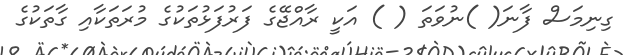
ގިނިމަސް ފާނަ( )ނުވަތަ ( ) އަކީ ރާއްޖޭގެ ފަރުފަޅުތަކުގެ މުރަތަކާއި ގާތަކުގެ